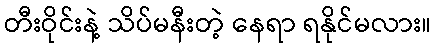
တီးဝိုင်းနဲ့ သိပ်မနီးတဲ့ နေရာ ရနိုင်မလား။